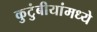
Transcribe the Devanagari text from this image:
कुटुंबीयांमध्ये